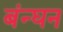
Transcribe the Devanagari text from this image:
बंन्घन